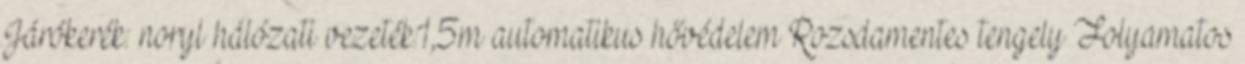
Járókerék: noryl hálózati vezeték:1,5m automatikus hővédelem Rozsdamentes tengely Folyamatos